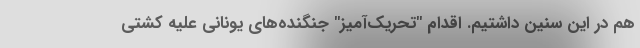
هم در این سنین داشتیم. اقدام "تحریک‌آمیز" جنگنده‌های یونانی علیه کشتی